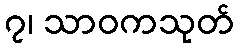
၇၊ သာဝကသုတ်